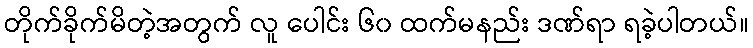
တိုက်ခိုက်မိတဲ့အတွက် လူ ပေါင်း ၆၀ ထက်မနည်း ဒဏ်ရာ ရခဲ့ပါတယ်။